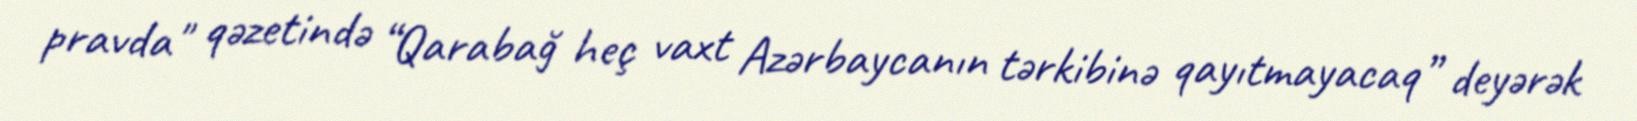
pravda" qəzetində “Qarabağ heç vaxt Azərbaycanın tərkibinə qayıtmayacaq” deyərək